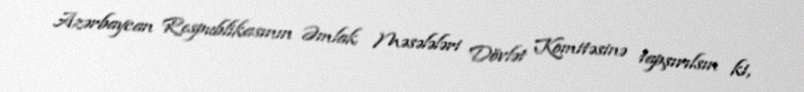
Azərbaycan Respublikasının Əmlak Məsələləri Dövlət Komitəsinə tapşırılsın ki,